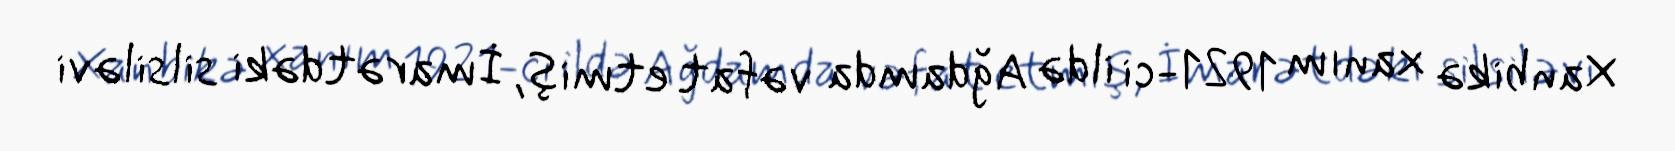
Xanbikə xanım 1921-ci ildə Ağdamda vəfat etmiş, İmarətdəki silsiləvi